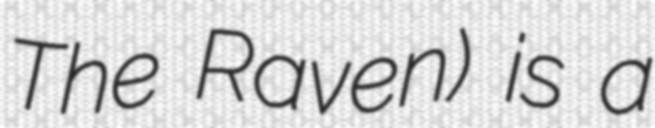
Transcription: The Raven) is a